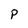
Character: P